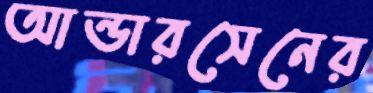
আন্ডারসেনের